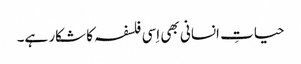
حیاتِ انسانی بھی اِسی فلسفہ کا شکار ہے۔